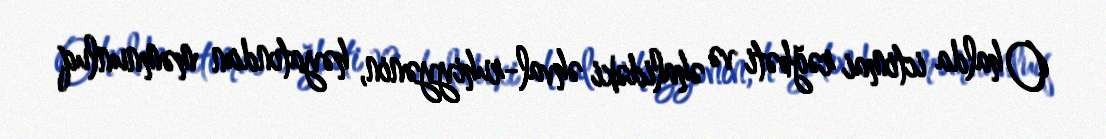
O halda ictimai rəğbəti və əhalidəki əhval-ruhiyyənin, həyatından məmnunluq